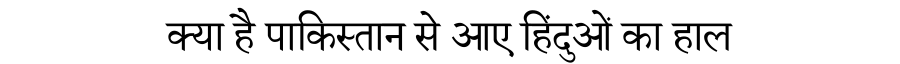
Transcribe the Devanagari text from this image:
क्या है पाकिस्तान से आए हिंदुओं का हाल